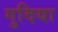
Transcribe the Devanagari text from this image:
गुदिया